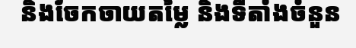
និងចែកចាយតម្លៃ និងទីតាំងចំនួន